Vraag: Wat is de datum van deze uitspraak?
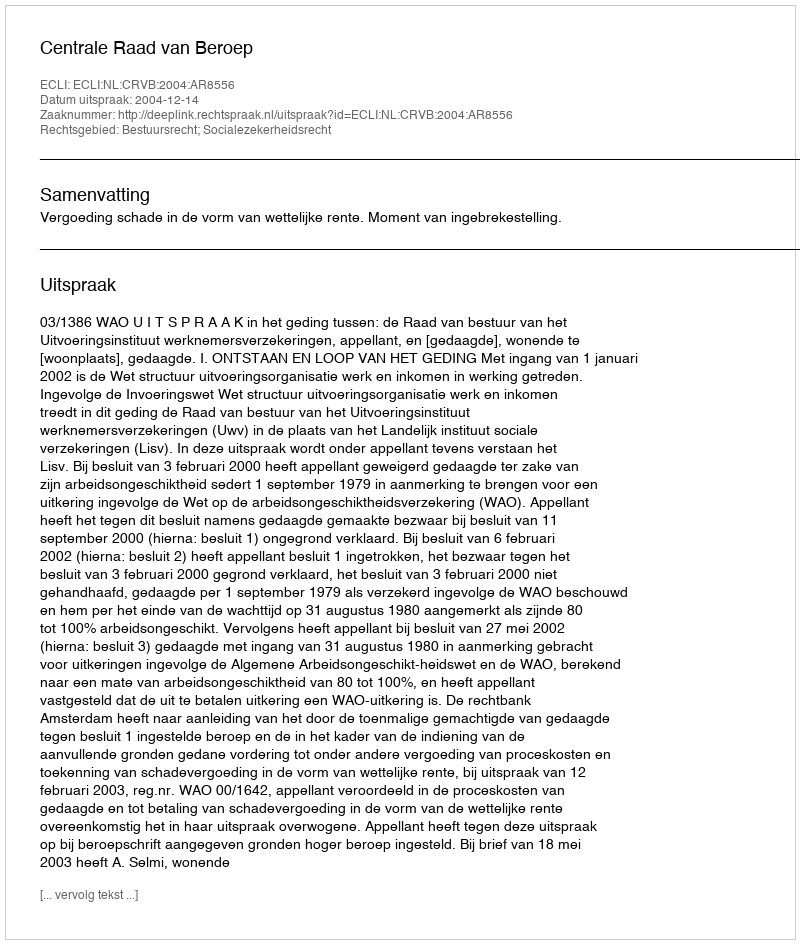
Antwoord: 2004-12-14